Report of the Municipal Commissioner on the plague in Bombay for the year ending 31st May... - Volume 1
Disease focus: Plague
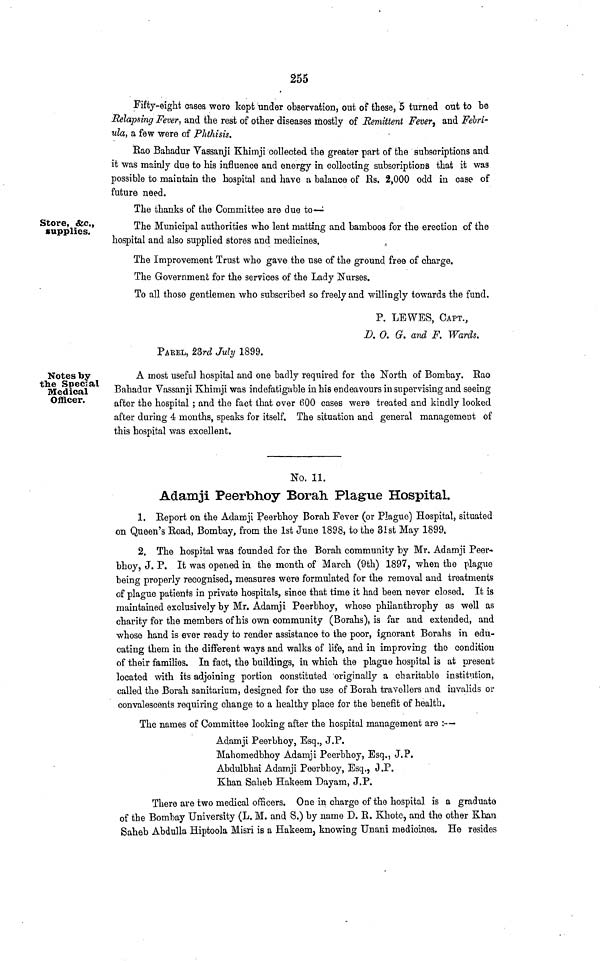
255
Fifty-eight cases were kept under observation, out of these, 5 turned out to be
Relapsing Fever, and the rest of other diseases mostly of Remittent Fever, and Febri-
ula, a few were of Phthisis.
Rao Bahadur Vassanji Khimji collected the greater part of the subscriptions and
it was mainly due to his influence and energy in collecting subscriptions that it was
possible to maintain the hospital and have a balance of Rs. 2,000 odd in case of
future need.
The thanks of the Committee are due to-—
Store, &c,,
supplies.
The Municipal authorities who lent matting and bamboos for the erection of the
hospital and also supplied stores and medicines.
The Improvement Trust who gave the use of the ground free of charge.
The Government for the services of the Lady Nurses.
To all those gentlemen who subscribed so freely and willingly towards the fund.
P. LEWES, CAPT.,
D. 0. G. and F. Wards.
PAREL, 23rd July 1899.
Notes by
the Special
Medical
Officer.
A most useful hospital and one badly required for the North of Bombay. Rao
Bahadur Vassanji Khimji was indefatigable in his endeavours in supervising and seeing
after the hospital ; and the fact that over 600 cases were treated and kindly looked
after during 4 months, speaks for itself. The situation and general management of
this hospital was excellent.
No, 11.
Adamji Peerbhoy Borah. Plague Hospital.
1. Report on the Adamji Peerbhoy Borah Fever (or Plague) Hospital, situated
on Queen's Road, Bombay, from the 1st June 1898, to the 31st May 1899.
2. The hospital was founded for the Borah community by Mr. Adamji Peer
bhoy, J. P. It was opened in the month of March (9th) 1897, when the plague
being properly recognised, measures were formulated for the removal and treatments
of plague patients in private hospitals, since that time it had been never closed. It is
maintained exclusively by Mr. Adamji Peerbhoy, whose philanthrophy as well as
charity for the members of his own community (Borahs), is far and extended, and
whose hand is ever ready to render assistance to the poor, ignorant Borahs in edu-
cating them in the different ways and walks of life, and in improving the condition
of their families. In fact, the buildings, in which the plague hospital is at present
located with its adjoining portion constituted originally a charitable institution,
called the Borah sanitarium, designed for the use of Borah travellers and invalids or
convalescents requiring change to a healthy place for the benefit of health.
The names of Committee looking after the hospital management are :—
Adamji Peerbhoy, Esq., J.P.
Mahomedbhoy Adamji Peerbhoy, Esq., J.P.
Abdulbhai Adamji Peerbhoy, Esq., J.P.
Khan Saheb Hakeem Dayam, J.P.
There are two medical officers. One in charge of the hospital is a graduate
of the Bombay University (L. M. and S.) by name D. R. Khote, and the other Khan
Saheb Abdulla Hiptoola Misri is a Hakeem, knowing Unani medicines. He resides